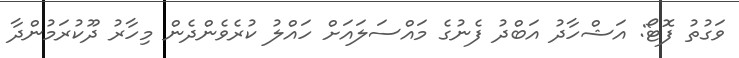
ވަގުތު ފޮޓޯ: އަޝްހާދު އަބްދު ފެނުގެ މައްސަލައަށް ހައްލު ކުރެވެންދެން މިހާރު ދޫކުރަމުންދާ